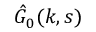
\hat { G } _ { 0 } ( k , s )